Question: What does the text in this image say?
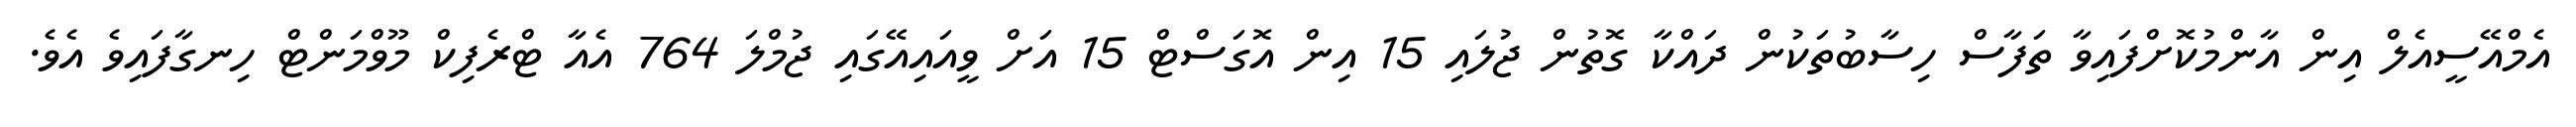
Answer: އެމްއޭސީއެލް އިން އާންމުކޮށްފައިވާ ތަފާސް ހިސާބުތަކުން ދައްކާ ގޮތުން ޖުލައި 15 އިން އޮގަސްޓް 15 އަށް ވީއައިއޭގައި ޖުމްލަ 764 އެއާ ޓްރެފިކް މޫވްމަންޓް ހިނގާފައިވެ އެވެ.